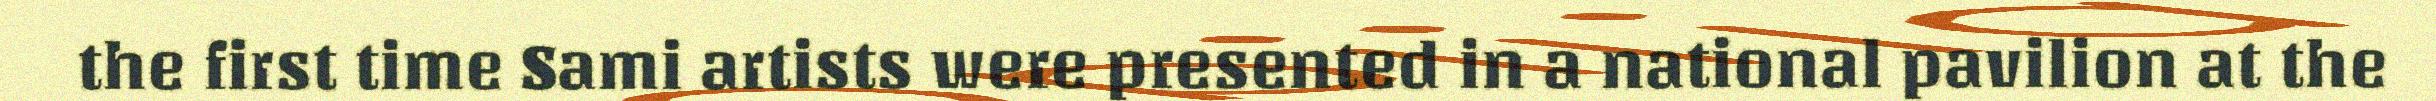
the first time Sami artists were presented in a national pavilion at the